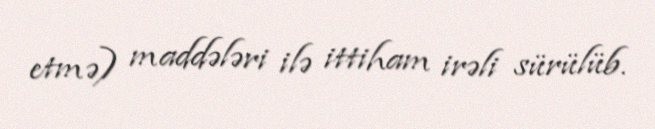
etmə) maddələri ilə ittiham irəli sürülüb.